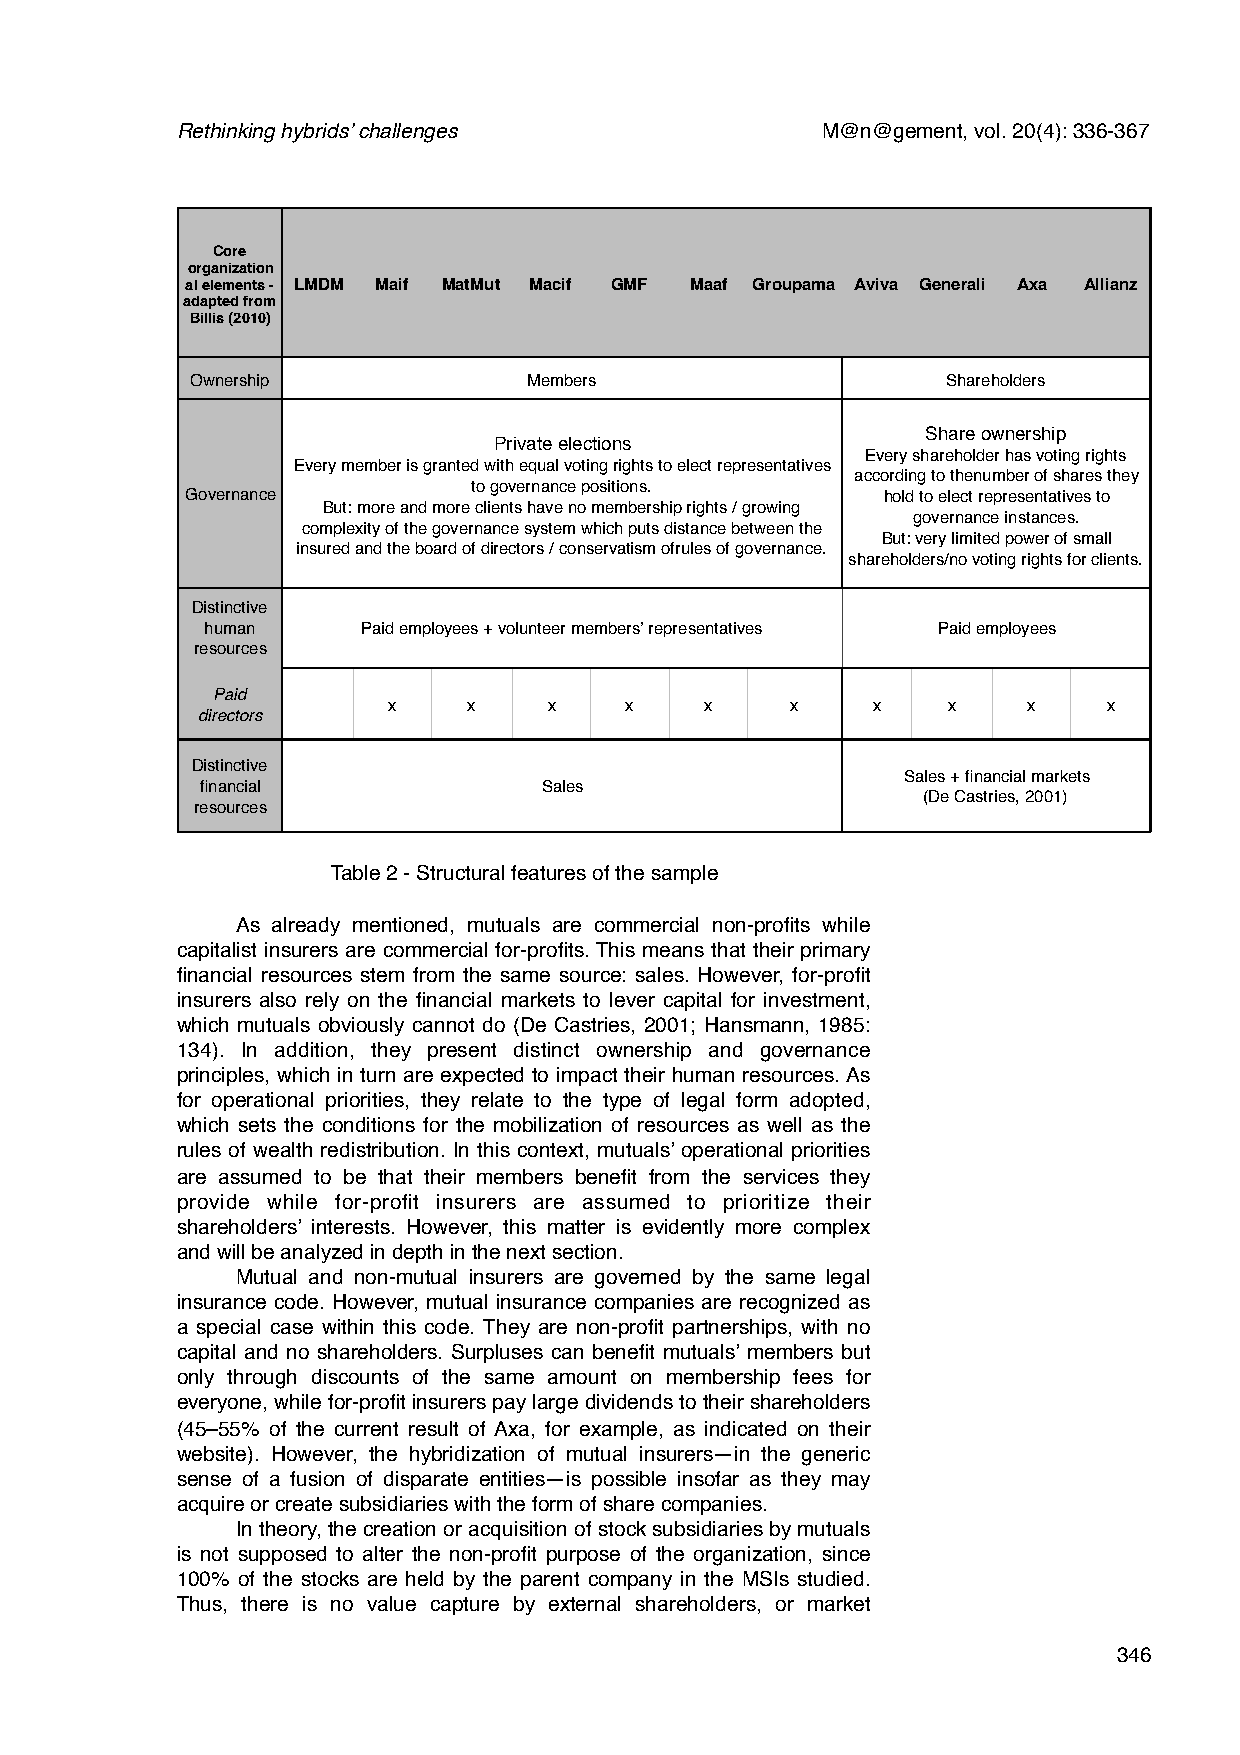
Rethinking hybrids’ challenges            M@n@gement, vol. 20(4): 336-367
 Core
 organization
 al elements - LMDM Maif MatMut Macif GMF Maaf Groupama Aviva Generali Axa Allianz
 adapted from
 Billis (2010)
 Ownership             Members                     Shareholders
 Share ownership
 Private elections
 Every shareholder has voting rights
 Every member is granted with equal voting rights to elect representatives
 according to thenumber of shares they
 to governance positions.
 Governance                                    hold to elect representatives to
 But: more and more clients have no membership rights / growing
 governance instances.
 complexity of the governance system which puts distance between the
 But: very limited power of small
 insured and the board of directors / conservatism ofrules of governance.
 shareholders/no voting rights for clients.
 Distinctive
 human     Paid employees + volunteer members’ representatives Paid employees
 resources
 Paid
 x    x    x    x     x    x     x    x    x    x
 directors
 Distinctive
 Sales + financial markets
 financial              Sales
 (De Castries, 2001)
 resources
 Table 2 - Structural features of the sample
 As already mentioned, mutuals are commercial non-profits while
 capitalist insurers are commercial for-profits. This means that their primary
 financial resources stem from the same source: sales. However, for-profit
 insurers also rely on the financial markets to lever capital for investment,
 which mutuals obviously cannot do (De Castries, 2001; Hansmann, 1985:
 134). In addition, they present distinct ownership and governance
 principles, which in turn are expected to impact their human resources. As
 for operational priorities, they relate to the type of legal form adopted,
 which sets the conditions for the mobilization of resources as well as the
 rules of wealth redistribution. In this context, mutuals’ operational priorities
 are assumed to be that their members benefit from the services they
 provide while for-profit insurers are assumed to prioritize their
 shareholders’ interests. However, this matter is evidently more complex
 and will be analyzed in depth in the next section.
 Mutual and non-mutual insurers are governed by the same legal
 insurance code. However, mutual insurance companies are recognized as
 a special case within this code. They are non-profit partnerships, with no
 capital and no shareholders. Surpluses can benefit mutuals’ members but
 only through discounts of the same amount on membership fees for
 everyone, while for-profit insurers pay large dividends to their shareholders
 (45–55% of the current result of Axa, for example, as indicated on their
 website). However, the hybridization of mutual insurers—in the generic
 sense of a fusion of disparate entities—is possible insofar as they may
 acquire or create subsidiaries with the form of share companies.
 In theory, the creation or acquisition of stock subsidiaries by mutuals
 is not supposed to alter the non-profit purpose of the organization, since
 100% of the stocks are held by the parent company in the MSIs studied.
 Thus, there is no value capture by external shareholders, or market
 346